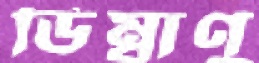
ডিম্বাণু